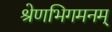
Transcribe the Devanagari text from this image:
श्रेणभिगमनम्